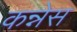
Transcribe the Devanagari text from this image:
कन्नेस